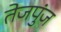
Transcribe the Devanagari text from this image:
तेजपुंज